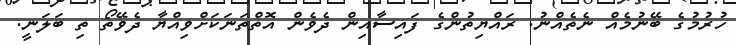
ހުރުމުގެ ބޭނުމެއް ނެތެއްނު. ރައްޔިތުންގެ ފައިސާއިން ދެވެން އޮތްތަނަކަށްވިއްޔާ ދެވޭތޯ ތި ބަލަނީ.